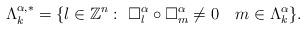
LaTeX: \begin{align*}\Lambda_k^{\alpha,\ast}=\{l\in \mathbb{Z}^n:~\Box_l^{\alpha}\circ\Box_m^{\alpha}\neq 0~~~m\in \Lambda_k^{\alpha}\}.\end{align*}